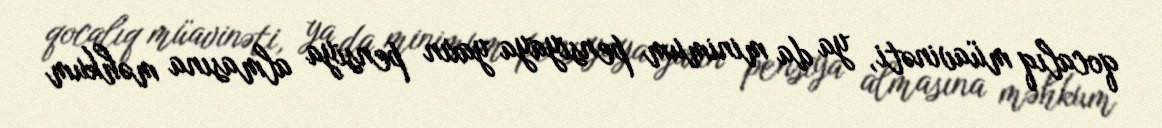
qocalıq müavinəti, ya da minimum pensiyaya yaxın pensiya almasına məhkum